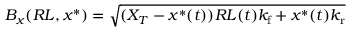
B _ { x } ( R L , x ^ { * } ) = \sqrt { ( X _ { T } - x ^ { * } ( t ) ) R L ( t ) { k _ { \mathrm { f } } } + x ^ { \ast } ( t ) { k _ { \mathrm { r } } } }